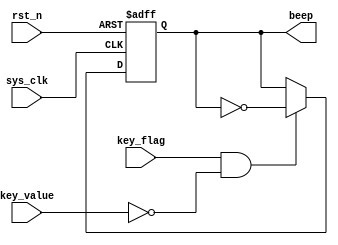
//------------------
//file:beep_control
//------------------
module beep_control(
		input 		sys_clk,
		input 		rst_n,
		
		input 		key_flag,
		input 		key_value,
		
		output reg 	beep
);

always@(posedge sys_clk or negedge rst_n)
begin
	if(!rst_n)
		beep <= 1'b1;			//
		else if(key_flag && (~key_value))	//
		beep <= ~beep;
end


endmodule